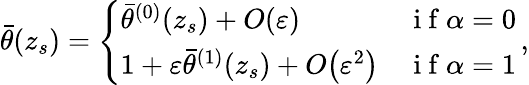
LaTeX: \begin{array}{r}{\bar{\theta}(z_{s})=\left\{ \begin{array}{ll}{\bar{\theta}^{(0)}(z_{s})+{O}\! \left({\varepsilon}\right)}&{\mathrm{~i~f~}\alpha=0}\\ {1+{\varepsilon}\bar{\theta}^{(1)}(z_{s})+{O}\! \left({\varepsilon}^{2}\right)}&{\mathrm{~i~f~}\alpha=1}\end{array}\right.\, ,}\end{array}